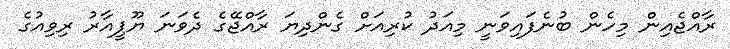
ރާއްޖެއިން މިހެން ބުނެފައިވަނީ މިއަދު ކުރިއަށް ގެންދިޔަ ރާއްޖޭގެ ދެވަނަ ޔޫޕީއާރު ރިވިއުގެ